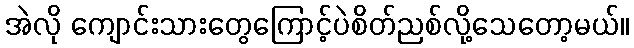
အဲလို ကျောင်းသားတွေကြောင့်ပဲစိတ်ညစ်လို့သေတော့မယ်။